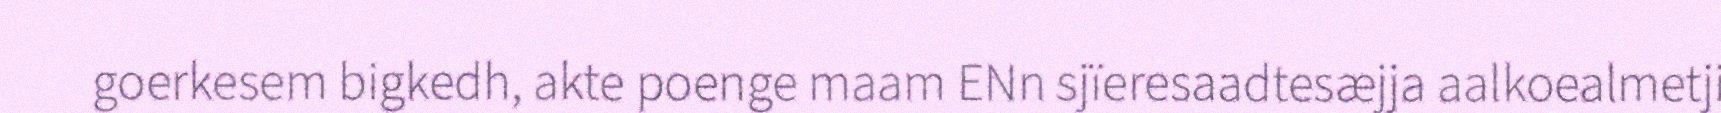
goerkesem bigkedh, akte poenge maam ENn sjïeresaadtesæjja aalkoealmetji